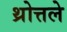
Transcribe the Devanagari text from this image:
थ्रोत्तले